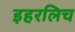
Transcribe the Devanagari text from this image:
इहरलिच